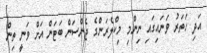
އަދި ހަތަރު ވަނައިގައި ނިންމި މިކްލެރަންގެ ޖެންސަން ބަޓަން އަށް ވަނީ ތިން